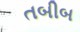
તબીબ